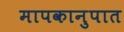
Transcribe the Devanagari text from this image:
मापकानुपात